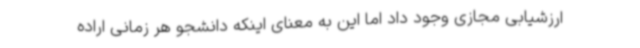
ارزشیابی مجازی وجود داد اما این به معنای اینکه دانشجو هر زمانی اراده